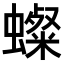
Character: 𧒷